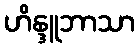
ဟိန္ဒူဘာသာ